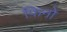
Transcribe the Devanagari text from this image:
फिनो